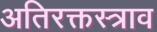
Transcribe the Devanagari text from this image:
अतिरक्तस्त्राव